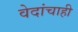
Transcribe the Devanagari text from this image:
वेदांचाही